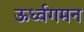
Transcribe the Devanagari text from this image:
ऊर्ध्वगमन